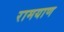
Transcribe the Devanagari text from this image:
रामयाण